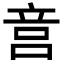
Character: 𥩶